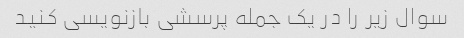
سوال زیر را در یک جمله پرسشی بازنویسی کنید